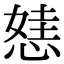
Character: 㥨